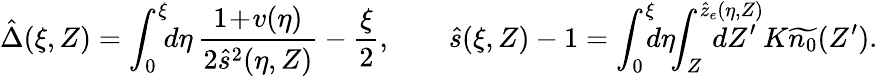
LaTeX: \hat{\Delta}(\xi,Z)=\int_{0}^{\xi}\! \! d\eta\, \frac{1\! +\! v(\eta)}{2\hat{s}^{2}(\eta,Z)}-\frac{\xi}2,\qquad\hat{s}(\xi,Z)-1=\int_{0}^{\xi}\! \! \! d\eta\! \! \int_{Z}^{\hat{z}_{e}(\eta,Z)}\! \! \! \! \! \! \! \! \! \! \! \! dZ^{\prime}\: K\widetilde{n_{0}}(Z^{\prime}).